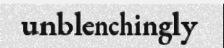
unblenchingly